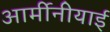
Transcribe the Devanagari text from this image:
आर्मीनीयाई